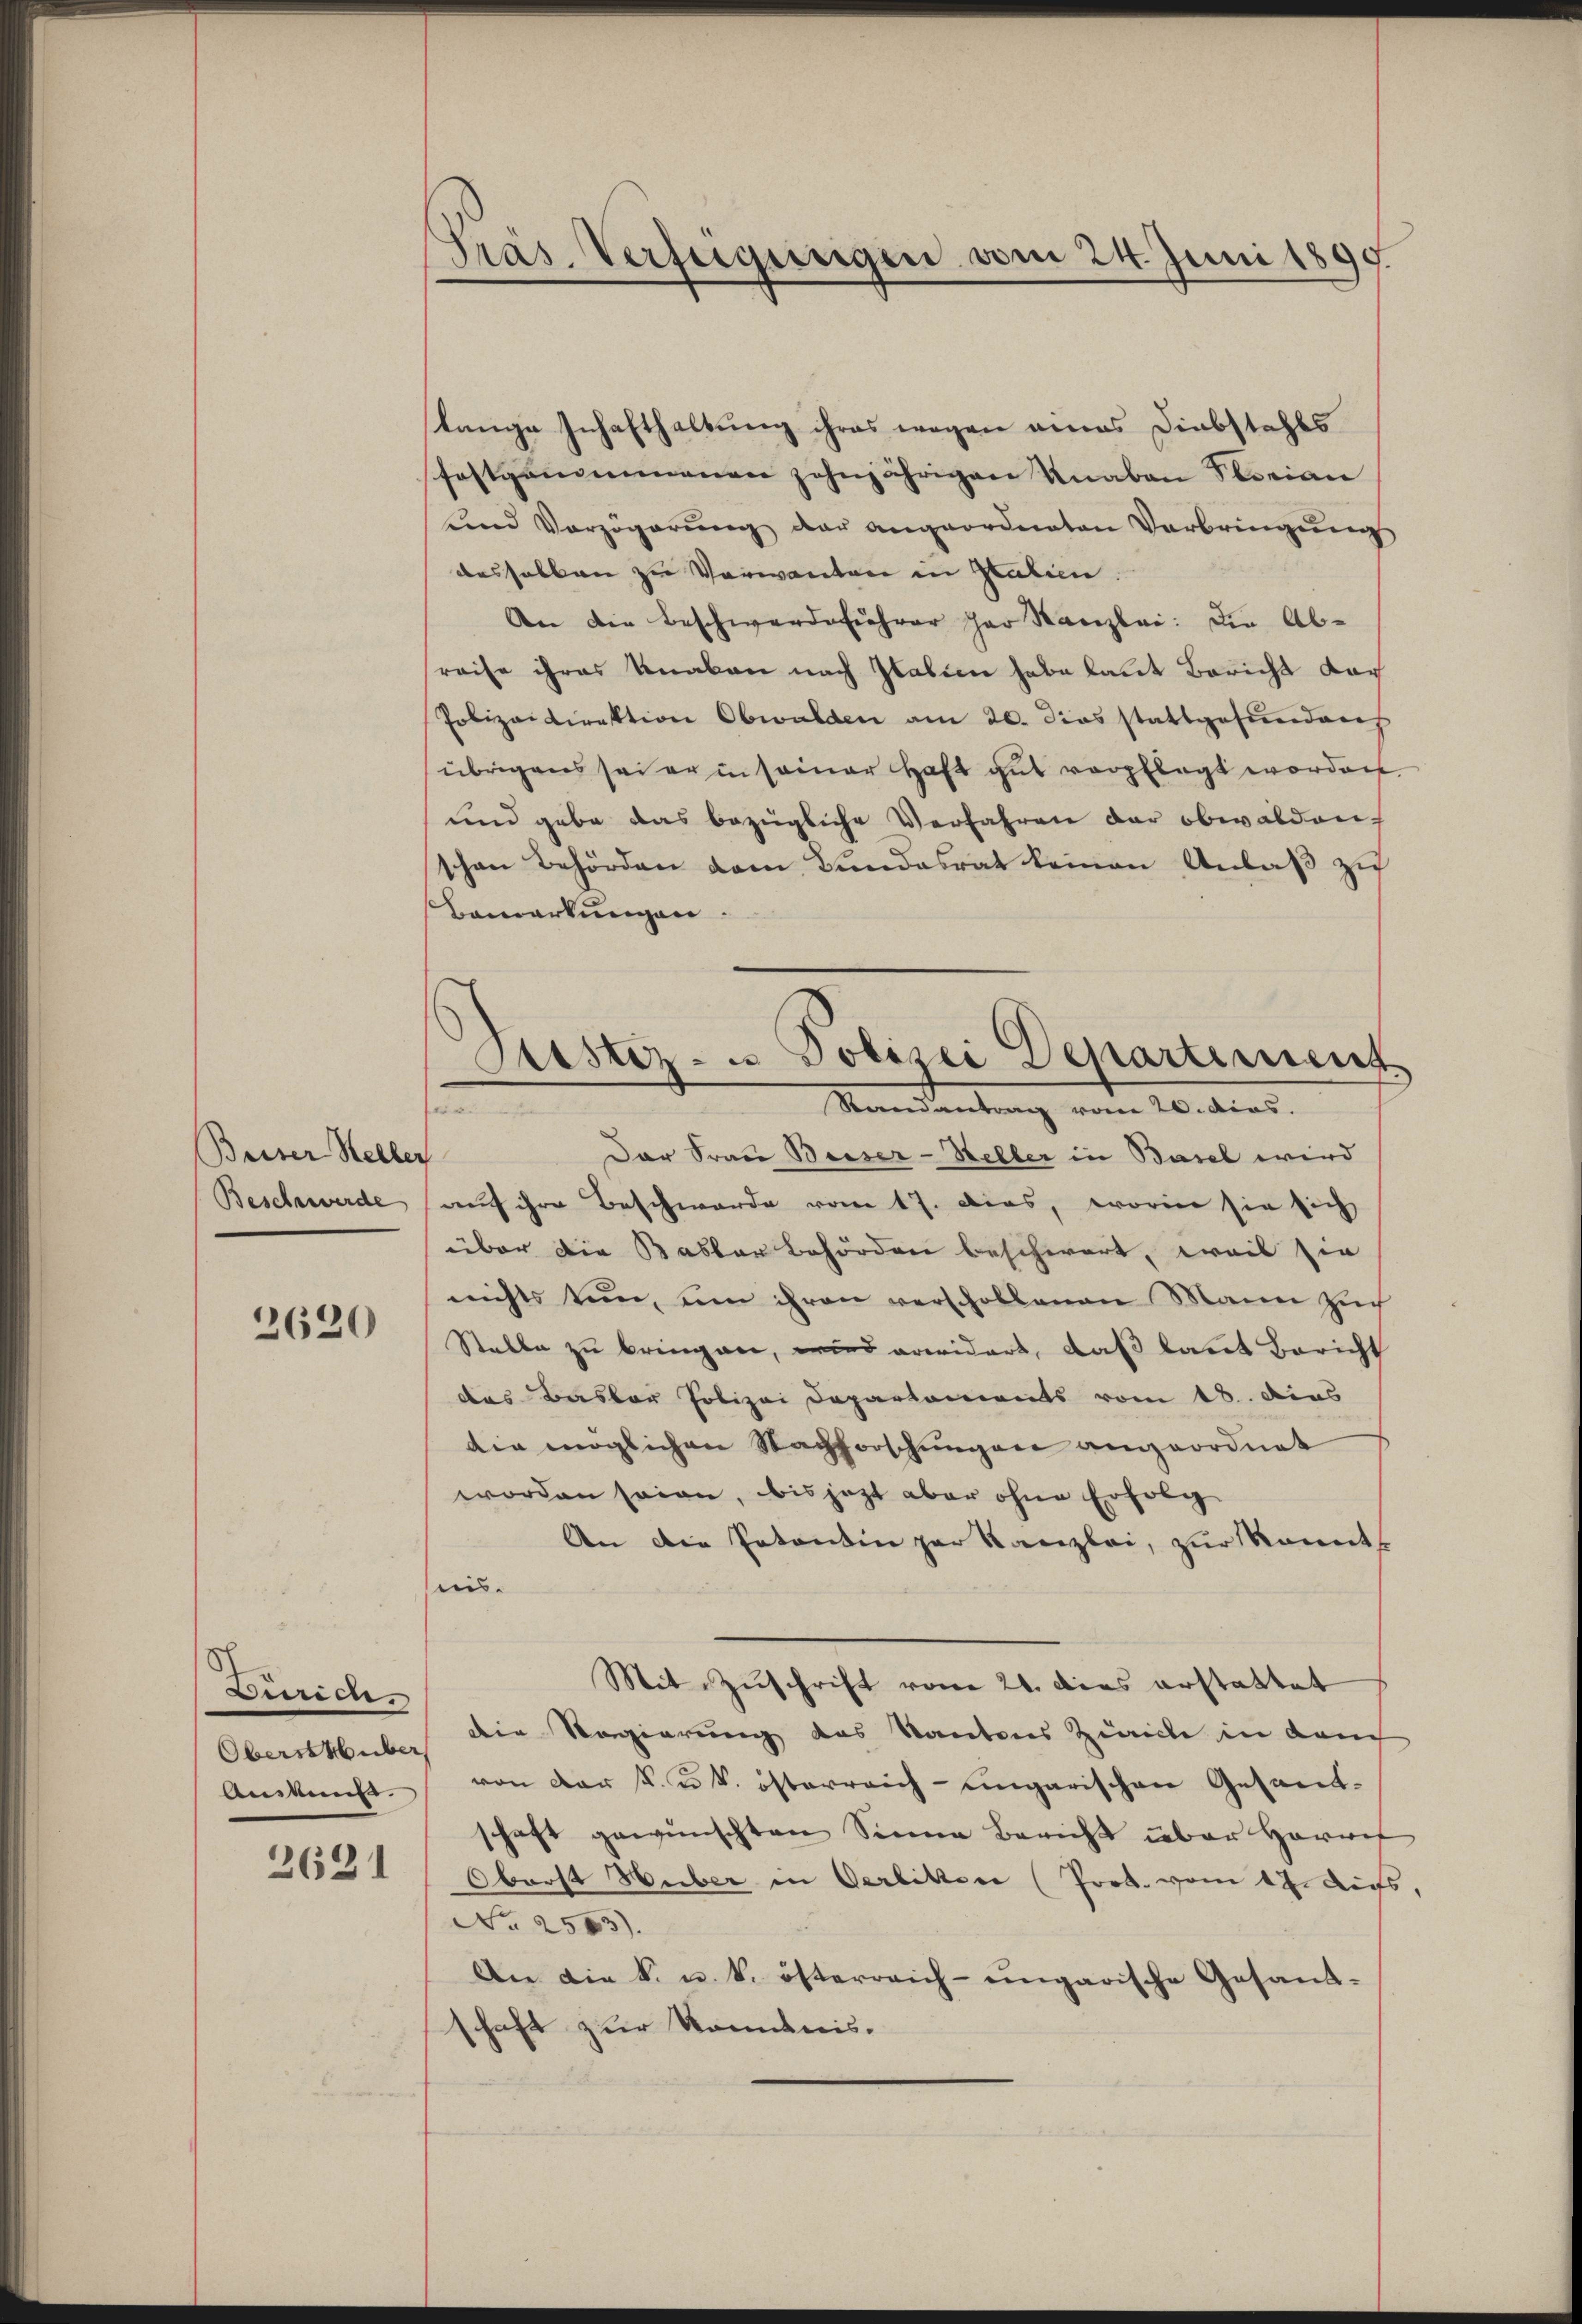
Beiser Heller
Beschwerde

2620

Durice
Oberst über

2621

Präs. Verfügungen vom 24. Juni 1890.

lange Schafthaltung ihres wegen eines Diebstahls
festgenommenen zehnjährigen Knaben Storian
ŭnd Verzögerŭng der angeordneten Verbringŭng
deshalben zu Verwanten in Statien.
An die Beschwerdeführer her Kanzlei: Die Abraise ihres Knaben nach Italien habe laut Bericht dar
Polizeidirektion Obwalden am 20. dies stattgefundens
übrigens sei er in seiner Haft gut verpflegt worden.
und gebe das bezügliche Verfahren der obwalden,
schen Behörden vom Bundesrat keinen Anlaß zu
Bemerkungen.
Dar Frau Besser-Heller in Basel wird
auf ihre Beschwerde vom 17. dies, worin sie sich
über die Basler Behörden beschwert, weil sie
nichts tun, um ihren verschollenen Mann Zŭch
Stelle zu bringen, wird erwidert, daß laut Bericht
das Basler Polizei Departements vom 18. dies
die möglichen Nachforschungen angeordnet
worden seien, bis jetzt aber ohne Erfolg
An die Patentin par Kanzlei, zur konnt
nis.
Mit Zŭschrift vom 21. dies erstattet
die Regierung des Kantons Zürich in Lan
Ankunft von der K. u. k. österreich-ungarischen Gesandschaft gewünschten Sinne Bericht über Herref
Oberst Huber in Oerlitten (Prot. vom 17. Aufs,
No 2503).
An die k. u. k. österreich- ungarische Gesand-
haft zur Kenntnis.

Justiz- u Polizei Departement
Randantrag vom 20. dies.